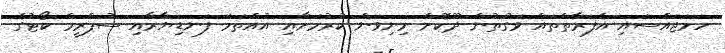
ހަމަޖައްސައި އެފަރާތްތައް ވަގުތުން ދޫކޮށް މިނިވަން ކުރުމަށާއި އުއްތަމަ ފަނޑިޔާރާއި ސުޕްރީމް ކޯޓުގެ